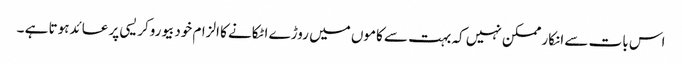
اس بات سے انکار ممکن نہیں کہ بہت سے کاموں میں روڑے اٹکانے کا الزام خودبیوروکریسی پر عائدہوتا ہے ۔